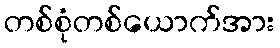
တစ်စုံတစ်ယောက်အား